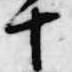
十